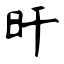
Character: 旰